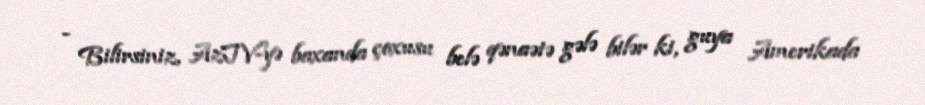
- Bilirsiniz, AzTV-yə baxanda çoxusu belə qənaətə gələ bilər ki, guya Amerikada